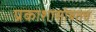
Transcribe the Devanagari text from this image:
प्रकाशासोबतच